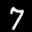
Label: 7